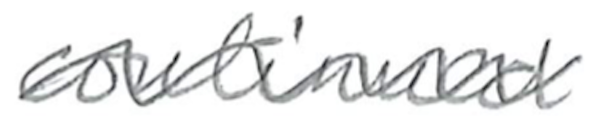
Text: continued
Cross-out: wave
Writing tool: pencil